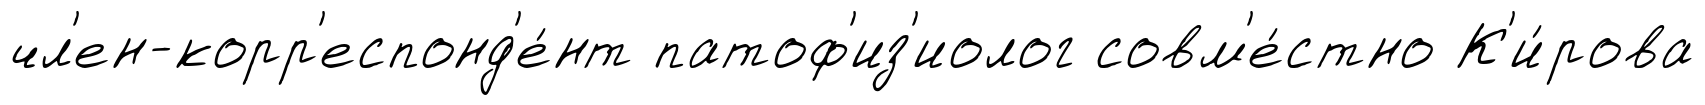
чл'ен-корр'еспонд'е́нт патоф'из'иолог совм'е́стно К'и́рова